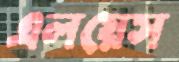
এলয়েস